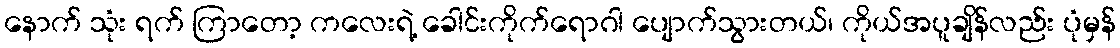
နောက် သုံး ရက် ကြာတော့ ကလေးရဲ့ ခေါင်းကိုက်ရောဂါ ပျောက်သွားတယ်၊ ကိုယ်အပူချိန်လည်း ပုံမှန်